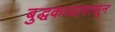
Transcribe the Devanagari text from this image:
बुद्धकाळापासून